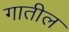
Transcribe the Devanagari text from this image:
गातील